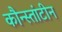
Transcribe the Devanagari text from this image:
कौन्स्तांटीन